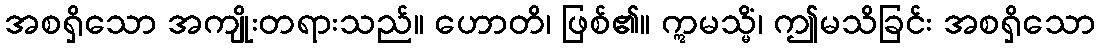
အစရှိသော အကျိုးတရားသည်။ ဟောတိ၊ ဖြစ်၏။ ဣမသ္မိံ၊ ဤမသိခြင်း အစရှိသော